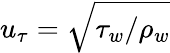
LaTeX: u_{\tau}=\sqrt{\tau_{w}/\rho_{w}}